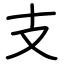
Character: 支